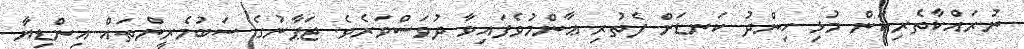
ނުރައްކާތެރިކަން މުޅި ހިންދު ކަނޑަށް ފެތުރި ޢާންމުވެފައިވާ ދުވަސްވަރެވެ. ޖަޕާނުގެ ސަބުމެރީންތައް އިންޑިޔާ